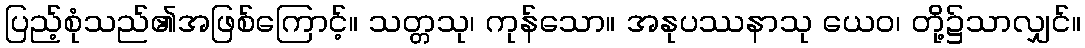
ပြည့်စုံသည်၏အဖြစ်ကြောင့်။ သတ္တသု၊ ကုန်သော။ အနုပဿနာသု ယေဝ၊ တို့၌သာလျှင်။